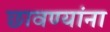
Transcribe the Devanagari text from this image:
छावण्यांना